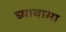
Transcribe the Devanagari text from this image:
घ्यावासा